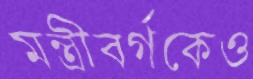
মন্ত্রীবর্গকেও